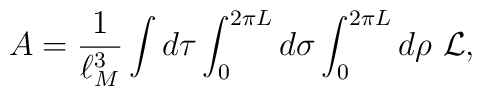
A = {1\over \ell_M^3}\int d\tau \int_0^{2\pi L}d\sigma \int_0^{2\pi L} d\rho \, \, {\cal L},